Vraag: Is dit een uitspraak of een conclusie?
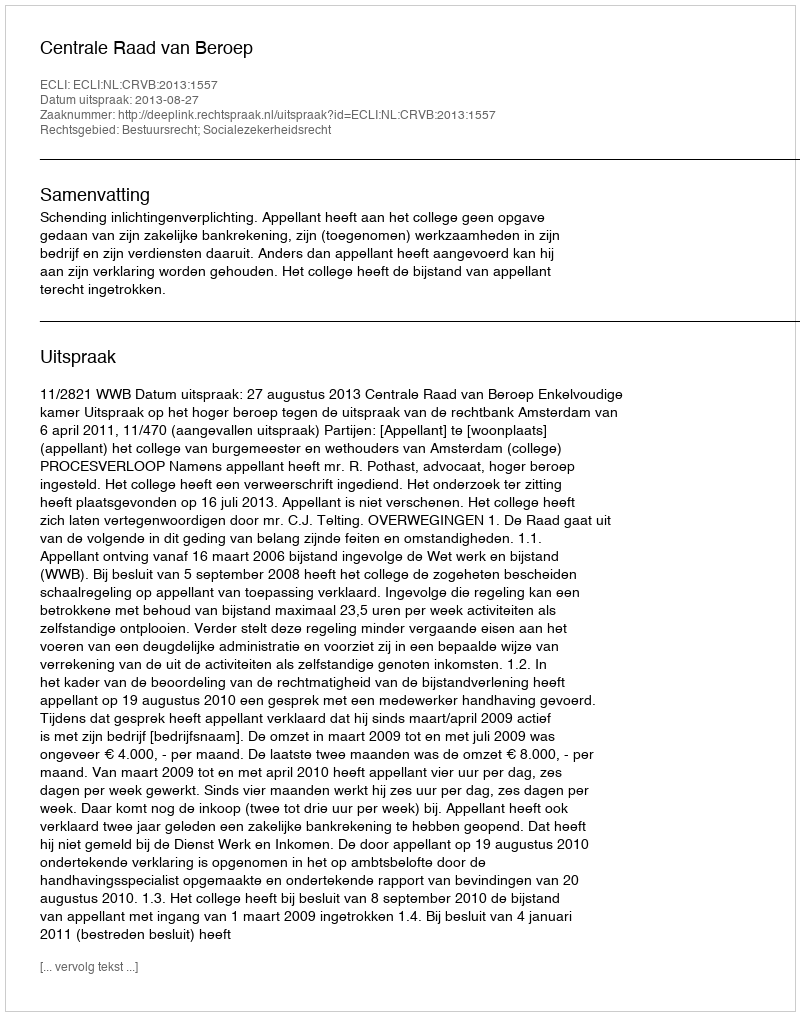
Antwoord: Uitspraak